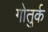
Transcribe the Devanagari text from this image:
गोतुर्क